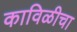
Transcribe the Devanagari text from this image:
काविळीचा